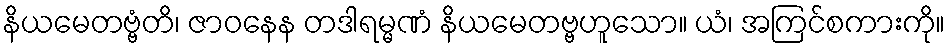
နိယမေတဗ္ဗံတိ၊ ဇာဝနေန တဒါရမ္မဏံ နိယမေတဗ္ဗဟူသော။ ယံ၊ အကြင်စကားကို။